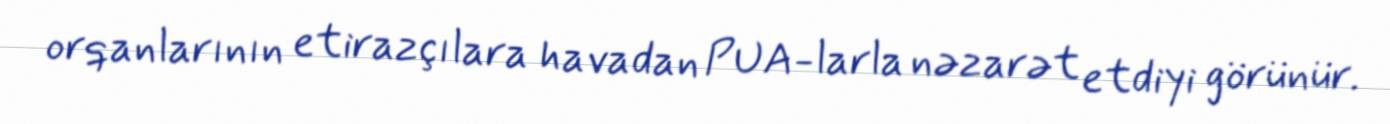
orqanlarının etirazçılara havadan PUA-larla nəzarət etdiyi görünür.